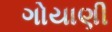
ગોયાણી